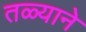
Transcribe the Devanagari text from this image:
तळ्याने